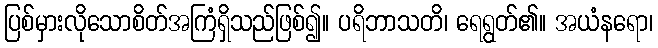
ပြစ်မှားလိုသောစိတ်အကြံရှိသည်ဖြစ်၍။ ပရိဘာသတိ၊ ရေရွတ်၏။ အယံနရော၊